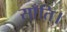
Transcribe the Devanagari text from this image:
साँति।